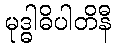
မုဒ္ဓါဓိပါတိနီ